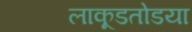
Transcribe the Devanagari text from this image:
लाकूडतोडया